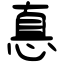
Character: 惪